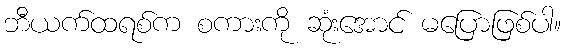
ဘီယက်ထရစ်က စကားကို ဆုံးအောင် မပြောဖြစ်ပါ။